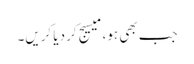
جب بھی ہو، میسیج کر دیا کریں۔